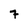
Character: 7